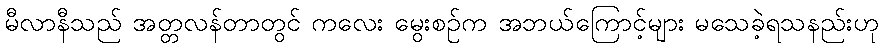
မီလာနီသည် အတ္တလန်တာတွင် ကလေး မွေးစဉ်က အဘယ်ကြောင့်များ မသေခဲ့ရသနည်းဟု